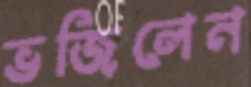
ভজিলেন